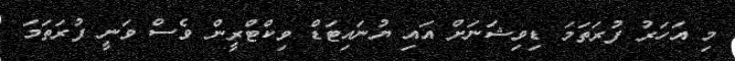
މި އަހަރު ފުރަތަމަ ޑިވިޝަނަށް އައި ޔުނައިޓަޑް ވިކްޓްރީން ވެސް ވަނީ ފުރަތަމަ